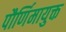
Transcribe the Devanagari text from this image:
पौर्णिमायुक्त